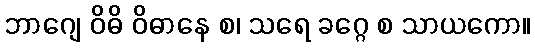
ဘာဂျေ ဝိဓိ ဝိဓာနေ စ၊ သရေ ခဂ္ဂေ စ သာယကော။